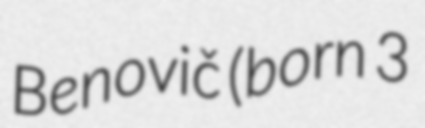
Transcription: Benovič (born 3